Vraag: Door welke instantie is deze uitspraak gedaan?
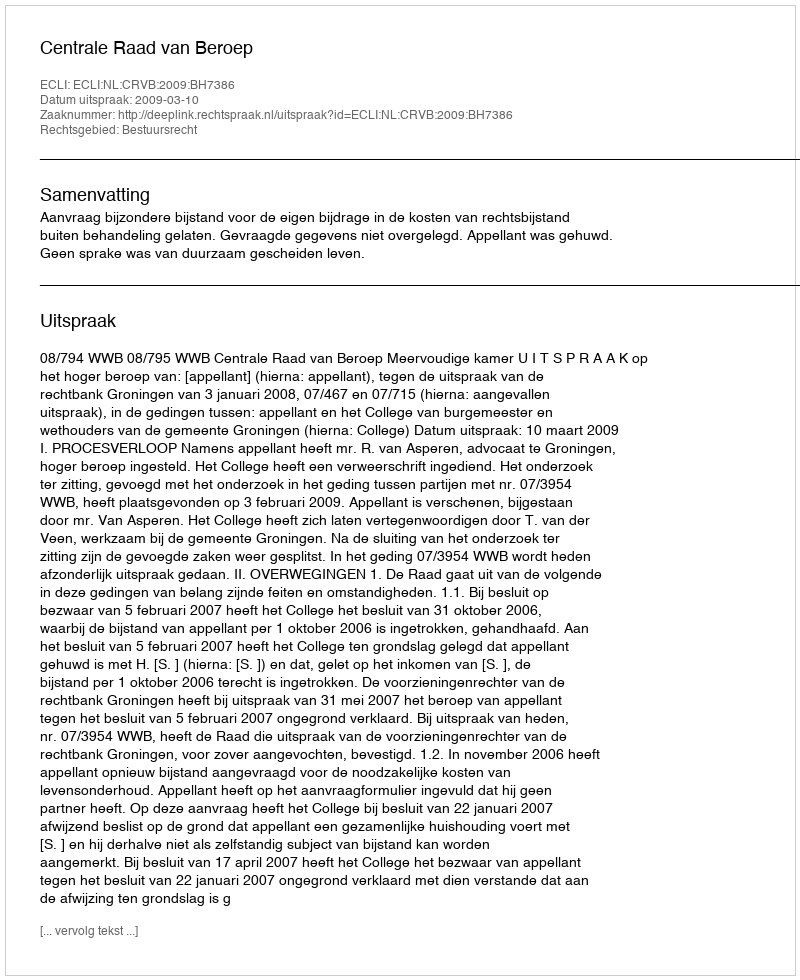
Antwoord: Centrale Raad van Beroep